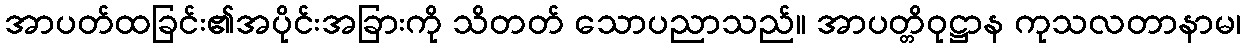
အာပတ်ထခြင်း၏အပိုင်းအခြားကို သိတတ် သောပညာသည်။ အာပတ္တိဝုဋ္ဌာန ကုသလတာနာမ၊